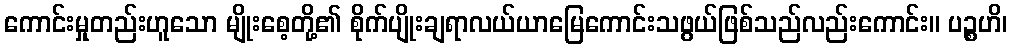
ကောင်းမှုတည်းဟူသော မျိုးစေ့တို့၏ စိုက်ပျိုးချရာလယ်ယာမြေကောင်းသဖွယ်ဖြစ်သည်လည်းကောင်း။ ပဉ္စဟိ၊